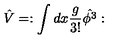
\hat { V } = : \int d x \frac { g } { 3 ! } \hat { \phi ^ { 3 } } :